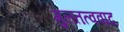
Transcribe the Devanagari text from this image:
मुलतत्ववाद